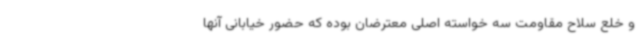
و خلع سلاح مقاومت سه خواسته اصلی معترضان بوده که حضور خیابانی آنها